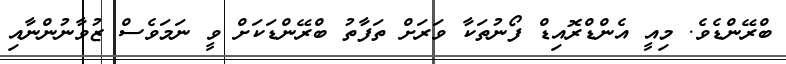
ބްރޭންޑެވެ. މިއީ އެންޑްރޮއިޑް ފޯނުތަކާ ވަރަށް ތަފާތު ބްރޭންޑަކަށް ވީ ނަމަވެސް ޒުވާނުންނާއި